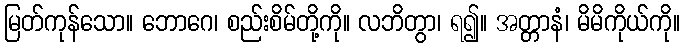
မြတ်ကုန်သော။ ဘောဂေ၊ စည်းစိမ်တို့ကို။ လဘိတွာ၊ ရ၍။ အတ္တာနံ၊ မိမိကိုယ်ကို။